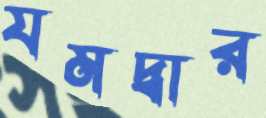
যমদ্বার